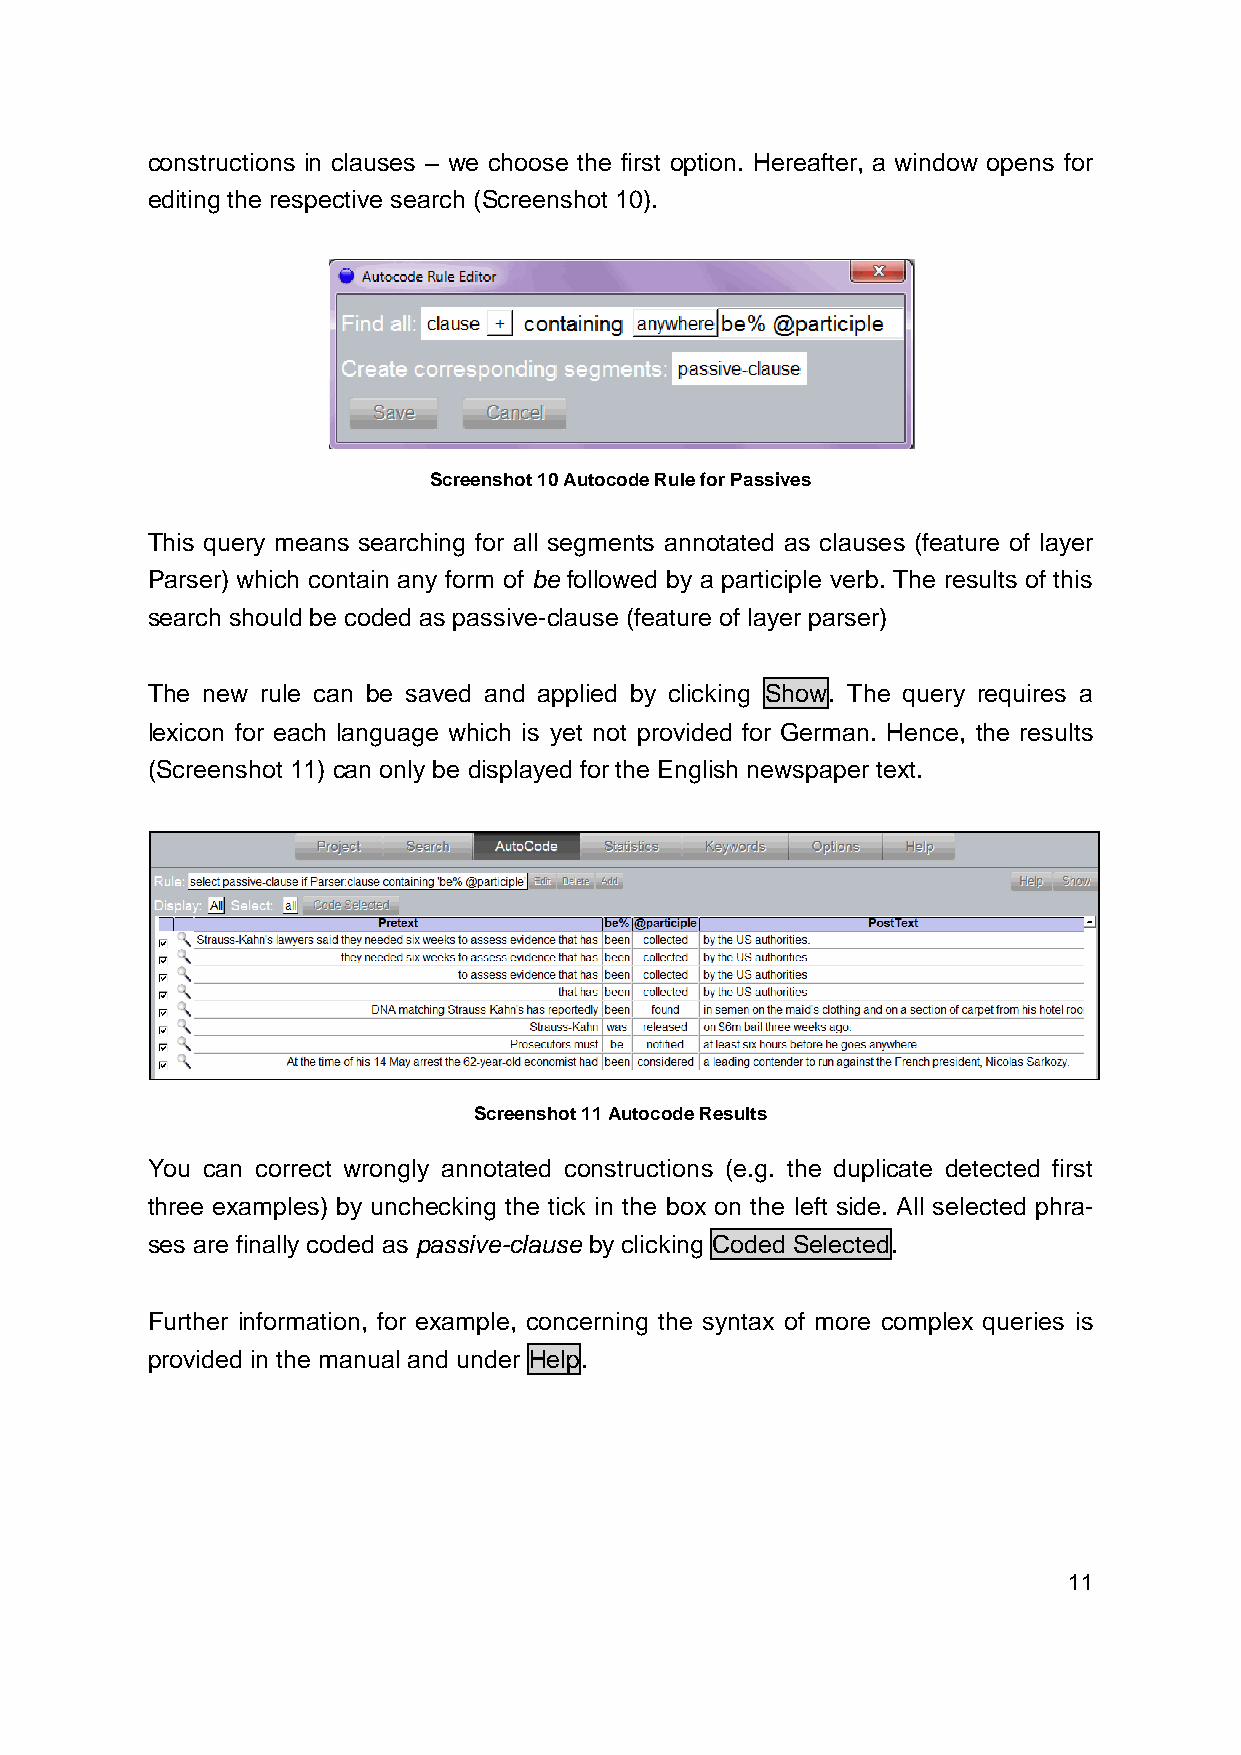
constructions in clauses – we choose the first option. Hereafter, a window opens for
 editing the respective search (Screenshot 10).
 Screenshot 10 Autocode Rule for Passives
 This query means searching for all segments annotated as clauses (feature of layer
 Parser) which contain any form of be followed by a participle verb. The results of this
 search should be coded as passive-clause (feature of layer parser)
 The new rule can be saved and applied by clicking Show. The query requires a
 lexicon for each language which is yet not provided for German. Hence, the results
 (Screenshot 11) can only be displayed for the English newspaper text.
 Screenshot 11 Autocode Results
 You can correct wrongly annotated constructions (e.g. the duplicate detected first
 three examples) by unchecking the tick in the box on the left side. All selected phra-
 ses are finally coded as passive-clause by clicking Coded Selected.
 Further information, for example, concerning the syntax of more complex queries is
 provided in the manual and under Help.
 11